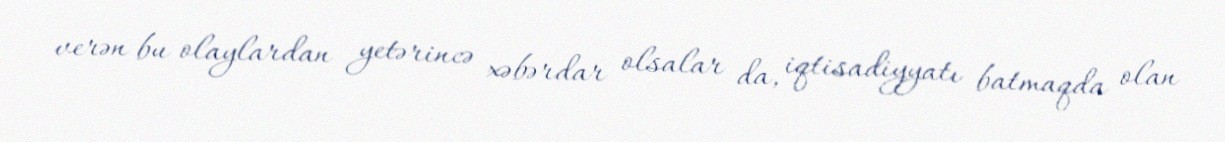
verən bu olaylardan yetərincə xəbərdar olsalar da, iqtisadiyyatı batmaqda olan